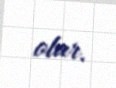
olar.